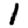
Digit: 1